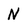
Character: N